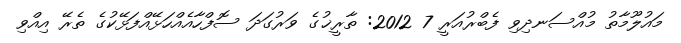
މައުލޫމާތު މުއްސަނދިވި ފެބްރުއަރީ 7 2012: ތާރީޚުގެ ވަރުގަދަ ސޮފްހާއެއްހަޅޭއްފަޅޭކުގެ ތެރޭ އިއްވި